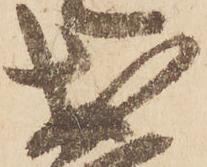
於